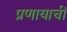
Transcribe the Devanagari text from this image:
प्रणायाची